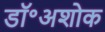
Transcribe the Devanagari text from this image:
डॉ॰अशोक